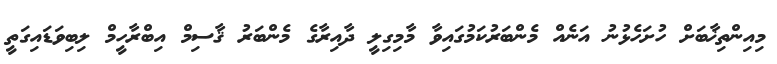
މިއިންތިޚާބަށް ހުށަހެޅުނު އަނެއް މެންބަރުކަމުގައިވާ މާމިގިލީ ދާއިރާގެ މެންބަރު ޤާސިމް އިބްރާހީމް ލިބިވަޑައިގަތީ